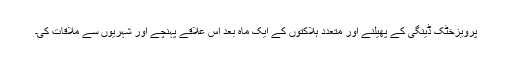
پرویزخٹک ڈینگی کے پھیلنے اور متعدد ہلاکتوں کے ایک ماہ بعد اس علاقے پہنچے اور شہریوں سے ملاقات کی۔